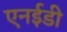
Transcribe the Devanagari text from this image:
एनईडी